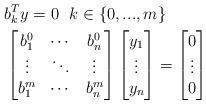
LaTeX: \begin{align*} & b_k^Ty= 0\ \ k\in\{0,...,m\}\\ &\begin{bmatrix}b^0_1&\cdots&b^0_n\\ \vdots&\ddots&\vdots\\ b^m_1&\cdots&b^m_n\end{bmatrix} \begin{bmatrix}y_1\\ \vdots\\ y_n\end{bmatrix}= \begin{bmatrix}0\\ \vdots\\ 0\end{bmatrix} \end{align*}